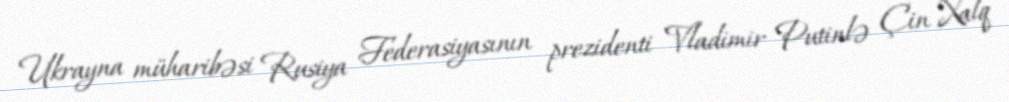
Ukrayna müharibəsi Rusiya Federasiyasının prezidenti Vladimir Putinlə Çin Xalq